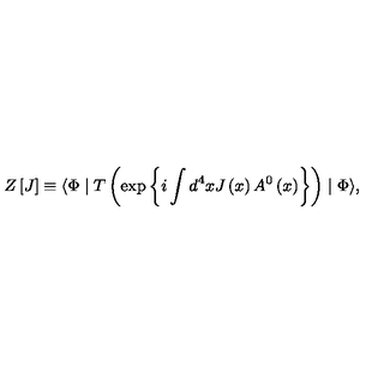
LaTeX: Z \left[ J \right] \equiv \langle \Phi \mid T \left( \exp \left\{ i \int d ^ { 4 } x J \left( x \right) A ^ { 0 } \left( x \right) \right\} \right) \mid \Phi \rangle ,